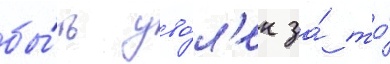
бы́ть уво́л'ен за́ то́